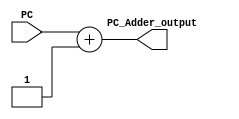
module PC_ADDER(PC_Adder_output,PC);
	output reg[31:0] PC_Adder_output;
	input [31:0] PC;
	always @(PC)
	begin
		PC_Adder_output=PC+1;
	end
endmodule